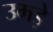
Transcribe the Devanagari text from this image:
उमड़े